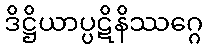
ဒိဋ္ဌိယာပ္ပဋိနိဿဂ္ဂေ